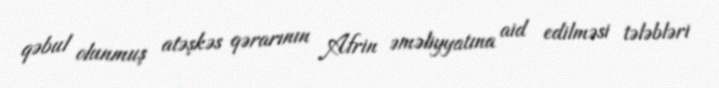
qəbul olunmuş atəşkəs qərarının Afrin əməliyyatına aid edilməsi tələbləri